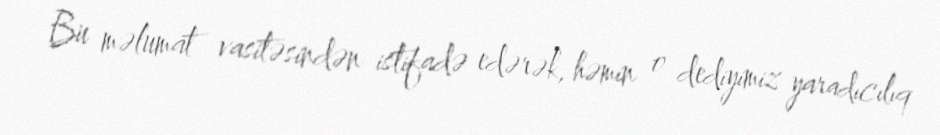
Bu məlumat vasitəsindən istifadə edərək, həmin o dediyimiz yaradıcılıq